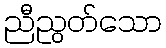
ညီညွတ်သော